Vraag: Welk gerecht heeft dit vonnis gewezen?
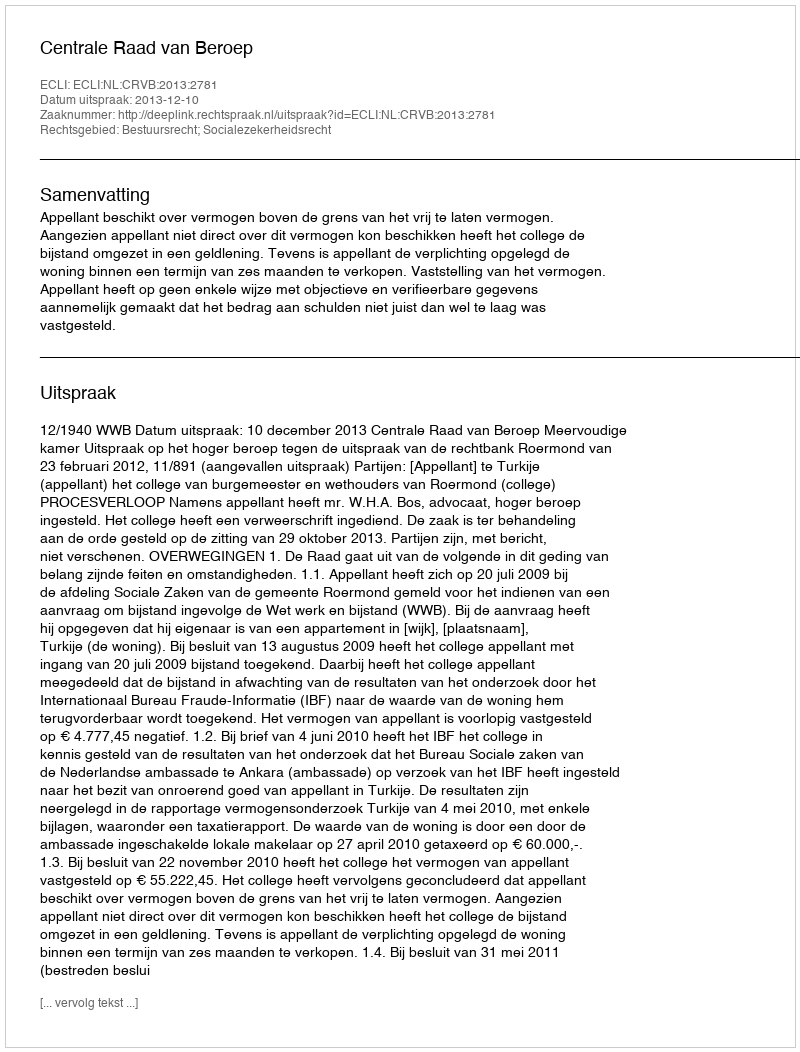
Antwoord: Centrale Raad van Beroep